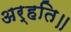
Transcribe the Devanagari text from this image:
अर्हति॥